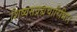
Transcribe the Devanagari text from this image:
शिष्यसव्रह्मचारिभिः।